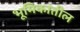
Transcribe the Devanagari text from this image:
भूमिकांतील